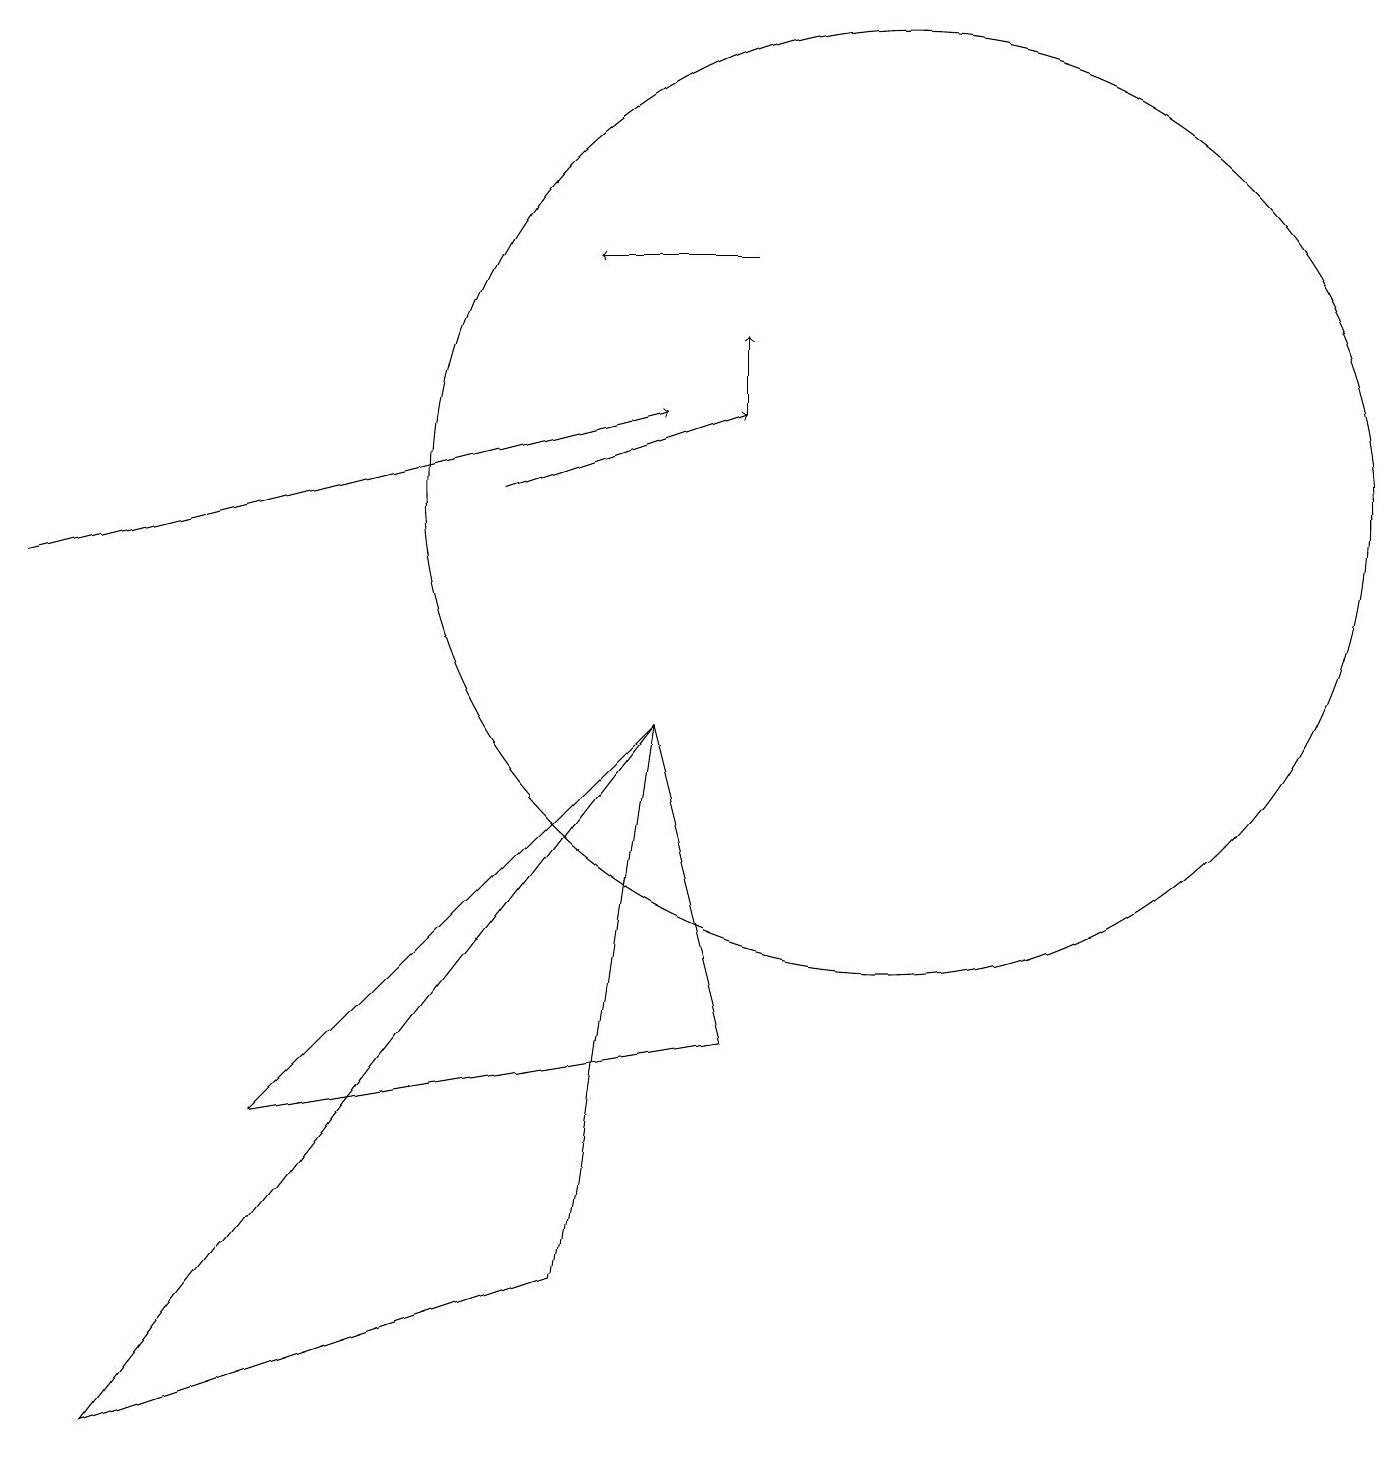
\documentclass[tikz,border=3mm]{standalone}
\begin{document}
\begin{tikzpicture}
\draw (7,2) -- (1,0) -- (8,9) -- cycle;
\draw[->] (6,12) -- (9,13);
\draw (3,4) -- (9,5) -- (8,9) -- cycle;
\draw (10,11) circle (0);
\draw[->] (0,11) -- (8,13);
\draw[->] (9,13) -- (9,14);
\draw[->] (9,15) -- (7,15);
\draw (11,12) circle (6);
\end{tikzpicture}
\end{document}